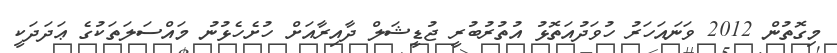
މިގޮތުން 2012 ވަނައަހަރު ހުވަދުއަތޮޅު އުތުރުބުރީ ޖުޑީޝަލް ދާއިރާއަށް ހުށެހެޅުނު މައްސަލަތަކުގެ ޢަދަދަކީ